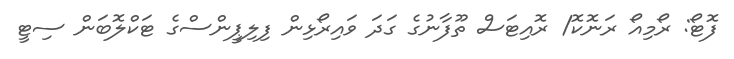
ފޮޓޯ: ރޯމިއޯ ރަނޮކޮ/ ރޮއިޓަސް ތޫފާނުގެ ގަދަ ވައިރޯޅިން ފިލިޕީންސްގެ ޓަކްލޮބަން ސިޓީ